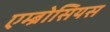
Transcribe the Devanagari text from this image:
एम्ब्रोसियस